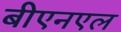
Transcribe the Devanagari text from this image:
बीएनएल